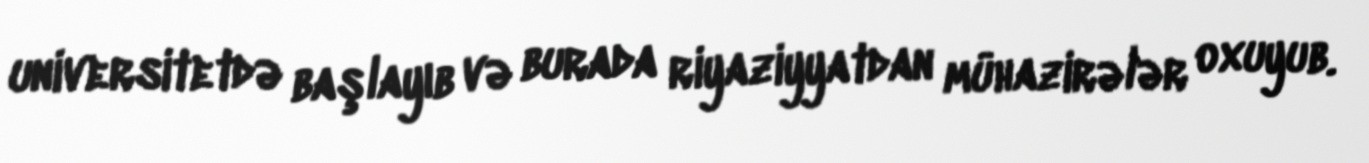
universitetdə başlayıb və burada riyaziyyatdan mühazirələr oxuyub.